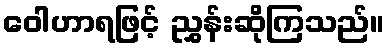
ဝေါဟာရဖြင့် ညွှန်းဆိုကြသည်။